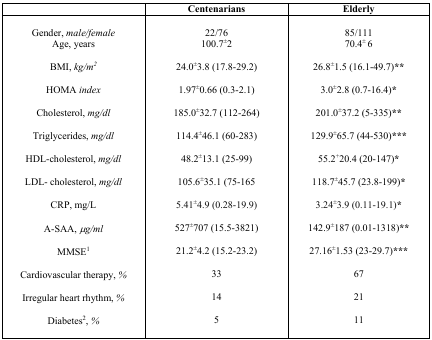
|  | Centenarians | Elderly |
 | --- | --- | --- |
 | Gender, male/femaleAge, years | 22/76100.7±2 | 85/11170.4±6 |
 | BMI, kg/m2 | 24.0±3.8 (17.8-29.2) | 26.8±1.5 (16.1-49.7)** |
 | HOMA index | 1.97±0.66 (0.3-2.1) | 3.0±2.8 (0.7-16.4)* |
 | Cholesterol, mg/dl | 185.0±32.7 (112-264) | 201.0±37.2 (5-335)** |
 | Triglycerides, mg/dl | 114.4±46.1 (60-283) | 129.9±65.7 (44-530)*** |
 | HDL-cholesterol, mg/dl | 48.2±13.1 (25-99) | 55.2+20.4 (20-147)* |
 | LDL- cholesterol, mg/dl | 105.6±35.1 (75-165 | 118.7±45.7 (23.8-199)* |
 | CRP, mg/L | 5.41±4.9 (0.28-19.9) | 3.24±3.9 (0.11-19.1)* |
 | A-SAA, μg/ml | 527±707 (15.5-3821) | 142.9±187 (0.01-1318)** |
 | MMSE1 | 21.2±4.2 (15.2-23.2) | 27.16±1.53 (23-29.7)*** |
 | Cardiovascular therapy, % | 33 | 67 |
 | Irregular heart rhythm, % | 14 | 21 |
 | Diabetes2, % | 5 | 11 |